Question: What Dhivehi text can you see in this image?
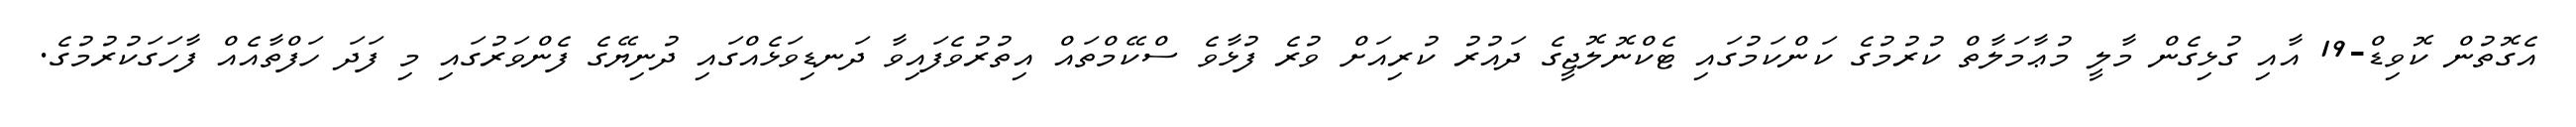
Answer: އެގޮތުން ކޮވިޑް-19 އާއި ގުޅިގެން މާލީ މުޢާމަލާތް ކުރުމުގެ ކަންކަމުގައި ޓެކްނޮލޮޖީގެ ދައުރު ކުރިއަށް ވުރެ ފުޅާވެ ސްކޭމްތައް އިތުރުވެފައިވާ ދަނޑިވަޅެއްގައި ދުނިޔޭގެ ފެންވަރުގައި މި ފަދަ ހަފްތާއެއް ފާހަގަކުރުމުގެ.